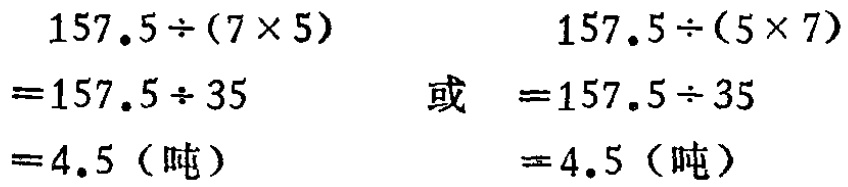
\[

\begin{align*}

157.5\div(7\times5)&=157.5\div35\\

& = 4.5 \text{（吨）}

\end{align*}

\]

或

\[

\begin{align*}

157.5\div(5\times7)&=157.5\div35\\

& = 4.5 \text{（吨）}

\end{align*}

\]